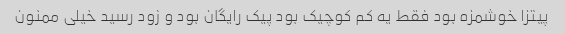
پیتزا خوشمزه بود فقط یه کم کوچیک بود پیک رایگان بود و زود رسید خیلی ممنون